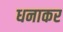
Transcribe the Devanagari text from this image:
धनाकर